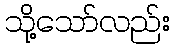
သို့သော်လည်း